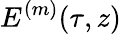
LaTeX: E^{(m)}(\tau,z)